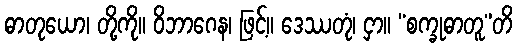
ဓာတုယော၊ တို့ကို။ ဝိဘာဂေန၊ ဖြင့်။ ဒေဿတုံ၊ ငှာ။ “စက္ခုဓာတူ”တိ